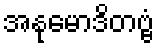
အနုမောဒိတဗ္ဗံ